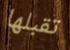
تقبلها